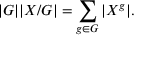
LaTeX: | G | | X / G | = \sum _ { g \in G } | X ^ { g } | .